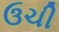
ઉચી